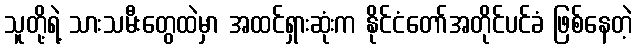
သူတို့ရဲ့ သားသမီးတွေထဲမှာ အထင်ရှားဆုံးက နိုင်ငံတော်အတိုင်ပင်ခံ ဖြစ်နေတဲ့